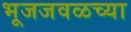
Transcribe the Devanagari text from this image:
भूजजवळच्या